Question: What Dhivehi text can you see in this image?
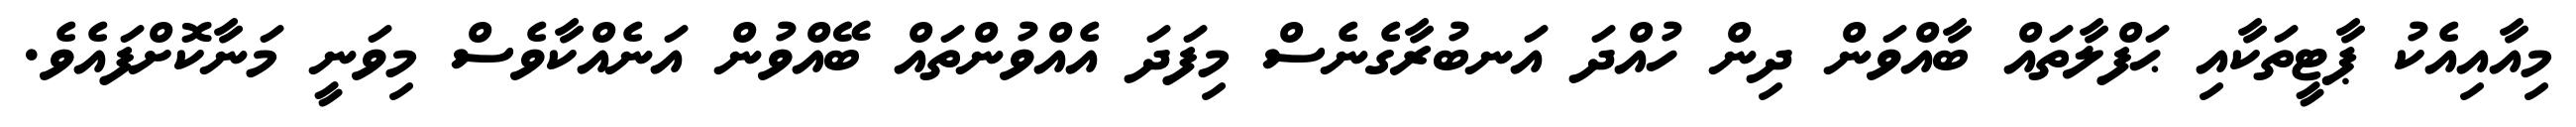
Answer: މިއާއިއެކު ޕާޓީތަކާއި ޙަފްލާތައް ބާއްވަން ދިން ހުއްދަ އަނބުރާގެނެސް މިފަދަ އެއްވުންތައް ބޭއްވުން އަނެއްކާވެސް މިވަނީ މަނާކޮށްފައެވެ.